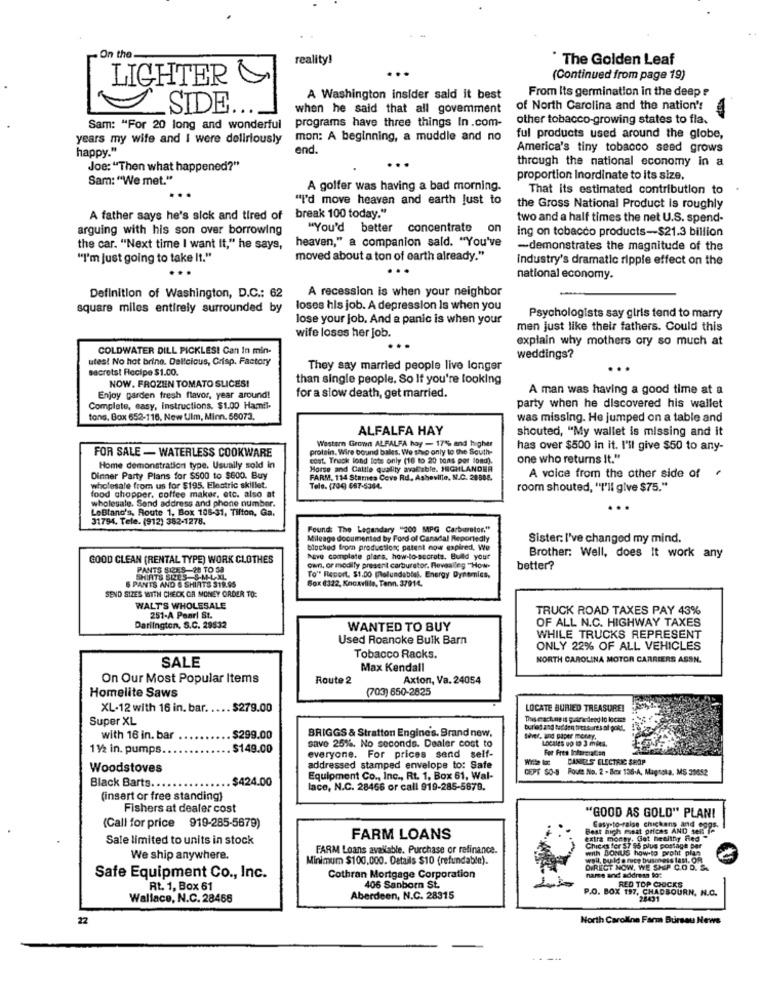
.On the
reality!
" The Golden Leaf
LIGHTER &
(Continued from page 19)
From Its germination in the deep ?
A Washington insider said it best
SIDE ...
when he said that all govemment
of North Carolina and the nation's
programs have three things In.com-
other tobacco-growing states to fla.
Sam: "For 20 long and wonderful
years my wife and I were deliriously
mon: A beginning, a muddle and no
ful products used around the globe,
happy."
end.
America's tiny tobacco seed grows
through the national economy in a
Joe: "Then what happened?"
Sam: "We met."
proportion Inordinate to its size.
A golfer was having a bad morning.
That its estimated contribution to
"I'd move heaven and earth just to
break 100 today."
the Gross National Product is roughly
A father says he's sick and tired of
two and a half times the net U.S. spend-
arguing with his son over borrowing
"You'd better concentrato
on
ing on tobacco products-$21.3 billion
heaven," a companion sald. "You've
the car. "Next time I want it," he says,
-demonstrates the magnitude of the
"I'm just going to take It."
moved about a ton of earth already."
industry's dramatic ripple effect on the
national economy.
A recession is when your neighbor
Definition of Washington, D.C .: 62
square miles entirely surrounded by
loses his job. A depression Is when you
lose your job, And a panic is when your
Psychologists say giris tend to marry
men just like their fathers. Could this
wife loses her job.
explain why mothers ory so much at
COLDWATER DILL PICKLES! Can In min-
utes! No hot bring. Delicious, Crisp. Factory
weddings?
secrets! Recipe $1.00.
They say married people live longer
NOW. FROZIIN TOMATO SLICES!
than single people. So If you're looking
A man was having a good time at a
Enjoy garden fresh flavor, year around!
for a slow death, get married.
Complete, easy, Instructions, $1.00 Hamil-
party when he discovered his wallet
tons. Box 652-116, New Ulm, Minn. 58073.
was missing. He jumped on a table and
ALFALFA HAY
shouted, "My wallet is missing and it
Western Grown ALFALFA hay - 17% and higher
protein. Wire bound bales, We ship only to the South-
has over $500 in it. I'll give $50 to any-
FOR SALE - WATERLESS COOKWARE
cost. Truck lond lots only (16 to 20 tons per lond).
one who returns It."
Home demonstration type. Usually sold in
Horse and Cattle quality avalable. HIGHLANDER
Dinner Party Plans for $500 to $600. Buy
FARM, 114 Stames Ceve Rd, Asheville, N.C. 28508.
A voice from the other side of
wholesale from us for $195, Electric skillet.
Tele. (704) 667-5364.
room shouted, "I'll give $75."
food chopper, coffee maker, etc. also at
wholesale. Send address and phone number.
LeBlanc's, Route 1, Box 108-31, Tilton, Ga.
...
31794. Tele. (912) 382-1278.
Found: The Legendary "200 MPG Carburetor."
Mileage documented by Ford of Canadal Reportedly
Sister: I've changed my mind.
blocked from production; patent now expired, We
GOOD CLEAN (RENTAL TYPE) WORK CLOTHES
have complete plans. how-to-secrets. Build your
Brother: Well, does it work any
PANTS SI2XS-28 TO SA
Gan, or modify present carburetor. Revealing "How-
better?
To" Report. $1.00 molundabbal. Energy Dynamics,
SEND SIZES MATTH CHECK OR MONEY ORDER TO:
& PANTS AND & SHIRTS 319.95
Box (322, Knoxville, Tenn. 37914.
WALT'S WHOLESALE
TRUCK ROAD TAXES PAY 43%
251-A Pearl St.
OF ALL N.C. HIGHWAY TAXES
Darlington, S.C. 29532
WANTED TO BUY
WHILE TRUCKS REPRESENT
Used Roanoke Bulk Barn
ONLY 22% OF ALL VEHICLES
SALE
Tobacco Racks.
NORTH CAROLINA MOTOR CARRIERS ASSN.
Max Kendall
On Our Most Popular Items
Route 2
Axton, Va. 24054
Homelite Saws
(703) 650-2825
XL-12 with 16 in. bar ..... $279.00
LOCATE BURIED TREASURE!
Super XL
Tivserachung is guarardend lo Iocare
BRIGGS & Stratton Engines. Brand new,
buried and taddeo treasures al pok !.
with 16 in. bar
. $299.00
save 25%. No seconds. Dealer cost to
tiver, and paper money.
11/2 in. pumps
$149.00
For Free Information
everyone. For prices send self-
DANES ELECTRIC SHOP
Woodstoves
addressed stamped envelope to: Safe
CEPT SO-8 Route No. 2 - Box 136-A, Magnela, MS 39852
. $424.00
Equipment Co ., Inc ., Rt. 1, Box 61, Wal-
Black Barts ...
lace, N.C. 28466 or call 919-285-5679.
(insert or free standing)
Fishers at dealer cost
"GOOD AS GOLD" PLAN!
(Call for price 919-285-5679)
Best high mast prices AND sen Ie
Easy-to-raise chickens and eggs.
Sale limited to units in stock
FARM LOANS
extra money. Got healthy Red .
FARM Loans available. Purchase or refinance.
Chicas for $7 55 plus postage Der
with BONUS how-to profit plan
We ship anywhere.
Minimum $100.000. Details $10 (refundable).
well, Build a nice business fast. OR
DIRECT NOW, WE SHIP C.O.D. S.
name and address to:
Safe Equipment Co ., Inc.
Cothran Mortgage Corporation
RED TOP CHICKS
Rt. 1, Box 61
406 Sanborn St.
P.O. BOX 197, CHADBOURN, N.C.
Wallace, N.C. 28468
Aberdeen, N.C. 28315
24431
22
North Carolina Farm Bursau News